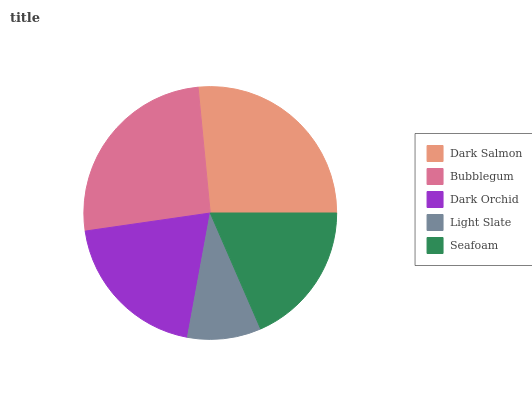
| Dark Salmon | Bubblegum | Dark Orchid | Light Slate | Seafoam |
 | --- | --- | --- | --- | --- |
 | 26.5% | 25.8% | 19.9% | 9.39% | 18.4% |